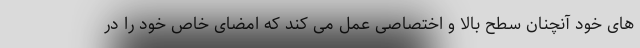
های خود آنچنان سطح بالا و اختصاصی عمل می کند که امضای خاص خود را در